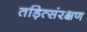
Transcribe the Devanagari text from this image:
तड़ित्संरक्षण